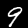
Digit: 9